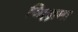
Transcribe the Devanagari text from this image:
जिल्लाना